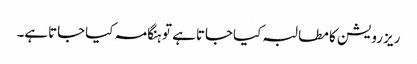
ریزرویشن کا مطالبہ کیاجاتاہے تو ہنگامہ کیاجاتاہے۔